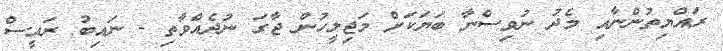
ރައްޔިތުންނާއި މެދު ނުވިސްނާ ބަޔަކަށް މަޖިލީހުން ޖާގަ ނުދެއްވާތި - ނައިބު ރައީސް